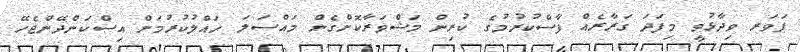
ޕަވަރ ވިދާޅުވީ މިފަދަ ގަރާރެއް ފާސްކުރުމުގެ ކުރިން މަޝްވަރާކޮށްގެން މައްސަލަ ހައްލުކުރުމަށް އިސްކަންދޭންޖެހޭ